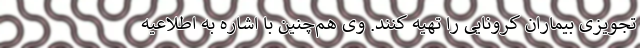
تجویزی بیماران کرونایی را تهیه کنند. وی هم‌چنین با اشاره به اطلاعیه